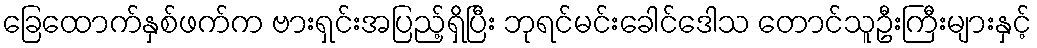
ခြေထောက်နှစ်ဖက်က ဗားရှင်းအပြည့်ရှိပြီး ဘုရင်မင်းခေါင်ဒေါသ တောင်သူဦးကြီးများနှင့်